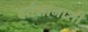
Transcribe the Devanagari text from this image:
वर्तमानाशी